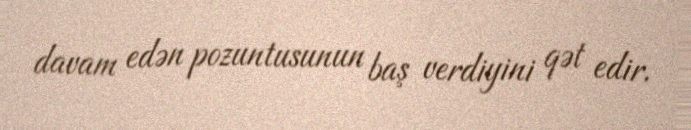
davam edən pozuntusunun baş verdiyini qət edir.